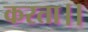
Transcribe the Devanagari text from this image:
करता।।